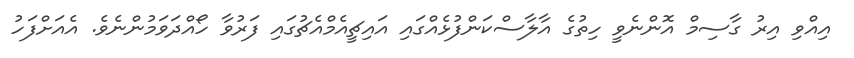
އިއްވި އިރު ގާސިމް އޮންނެވީ ހިތުގެ އާލާސްކަންފުޅެއްގައި އައިޗީއެމްއެޗުގައި ފަރުވާ ހޯއްދަވަމުންނެވެ. އެއަށްފަހު